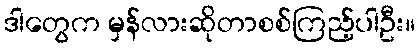
ဒါတွေက မှန်လားဆိုတာစစ်ကြည့်ပါဦး။